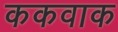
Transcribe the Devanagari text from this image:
ककवाक